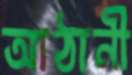
আঠানী